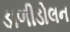
ડાળીડોલન